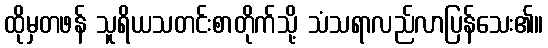
ထိုမှတဖန် သူရိယသတင်းစာတိုက်သို့ သံသရာလည်လာပြန်သေး၏။